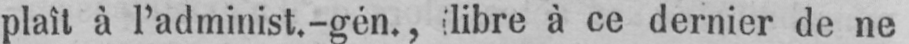
plaît à l’administ.-gén., (libre à ce dernier de ne